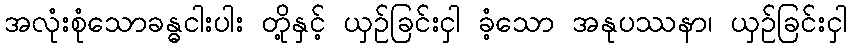
အလုံးစုံသောခန္ဓငါးပါး တို့နှင့် ယှဉ်ခြင်းငှါ ခံ့သော အနုပဿနာ၊ ယှဉ်ခြင်းငှါ